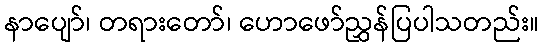
နာပျော်၊ တရားတော်၊ ဟောဖော်ညွှန်ပြပါသတည်း။